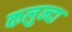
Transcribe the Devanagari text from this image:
कलुन्दा